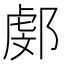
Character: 𨜻